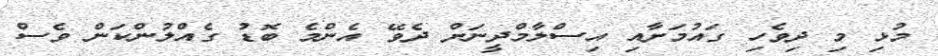
މުޅި މި ދިވެހި ގައުމަށާއި އިސްލާމްދީނަށް ދެވޭ އެންމެ ބޮޑު ގެއްލުންކަން ވެސް